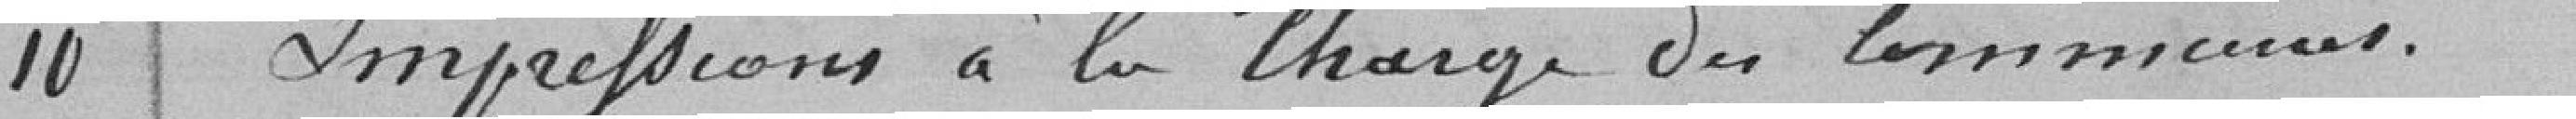
10 Impression à la charge des communes